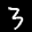
Label: 3